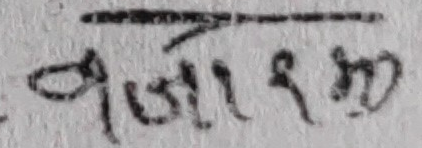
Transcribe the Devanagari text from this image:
ससारमा